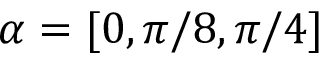
\alpha = [ 0 , \pi / 8 , \pi / 4 ]